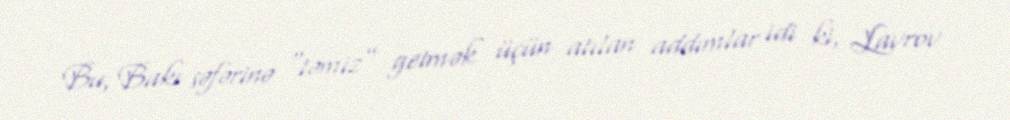
Bu, Bakı səfərinə “təmiz” getmək üçün atılan addımlar idi ki, Lavrov